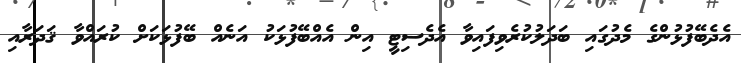
އެދެބޭފުޅުންގެ މެދުގައި ބަދަލުކުރެވިފައިވާ އެދެސިޓީ އިން އެއްބޭފުޅަކު އަނެއް ބޭފުޅަކަށް ކުރައްވާ ޤަދަރާއި